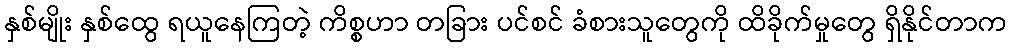
နှစ်မျိုး နှစ်ထွေ ရယူနေကြတဲ့ ကိစ္စဟာ တခြား ပင်စင် ခံစားသူတွေကို ထိခိုက်မှုတွေ ရှိနိုင်တာက